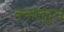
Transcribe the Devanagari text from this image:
क्वालुद्स